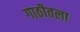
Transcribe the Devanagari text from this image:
गाठीतला